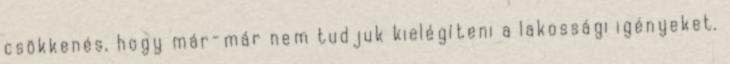
csökkenés, hogy már-már nem tudjuk kielégíteni a lakossági igényeket.